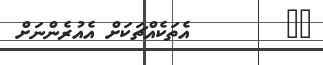
٧٥        އެތަކެއްޗަކަށް އެއުރެންނަށް